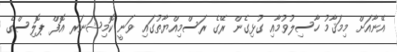
އޭނާއަށް މިމަޤާމު ހާސިލުވުމާއި ގުޅިގެން ރޭގެ ރަސްމިއްޔާތުގައި ވަނީ ކޮމިޝަނަރ އޮފް ޕޮލިސްގެ